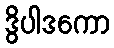
ဒွိပါဒကော